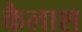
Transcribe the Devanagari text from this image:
कैलाश